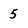
Character: 5